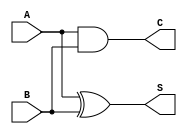
module current_mode_half_adder (
    input wire A,  // Current input for the first binary digit
    input wire B,  // Current input for the second binary digit
    output wire S, // Current output for the sum
    output wire C  // Current output for the carry
);

// Assign the sum output using XOR operation
assign S = A ^ B; // Sum = A XOR B

// Assign the carry output using AND operation
assign C = A & B; // Carry = A AND B

endmodule